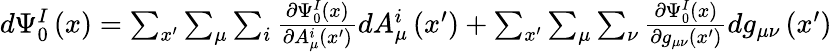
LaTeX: \begin{array}{r}{d\Psi_{0}^{I}\left(x\right)=\sum_{x^{\prime}}\sum_{\mu}\sum_{i}\frac{\partial\Psi_{0}^{I}\left(x\right)}{\partial A_{\mu}^{i}\left(x^{\prime}\right)}dA_{\mu}^{i}\left(x^{\prime}\right)+\sum_{x^{\prime}}\sum_{\mu}\sum_{\nu}\frac{\partial\Psi_{0}^{I}\left(x\right)}{\partial g_{\mu\nu}\left(x^{\prime}\right)}dg_{\mu\nu}\left(x^{\prime}\right)}\end{array}